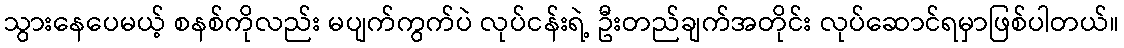
သွားနေပေမယ့် စနစ်ကိုလည်း မပျက်ကွက်ပဲ လုပ်ငန်းရဲ့ ဦးတည်ချက်အတိုင်း လုပ်ဆောင်ရမှာဖြစ်ပါတယ်။